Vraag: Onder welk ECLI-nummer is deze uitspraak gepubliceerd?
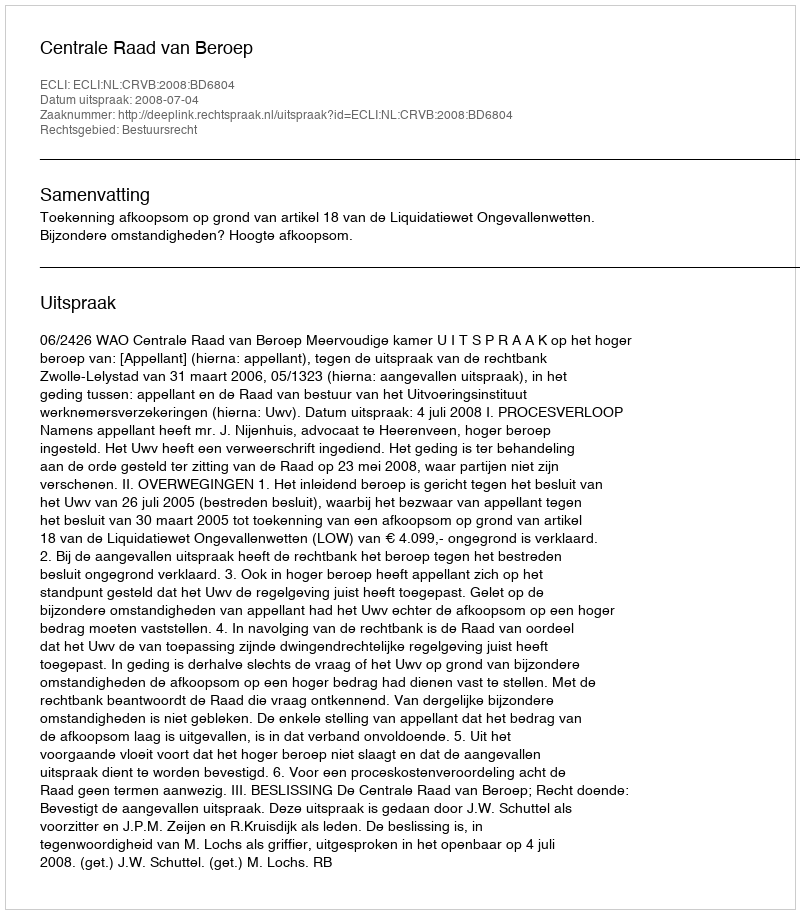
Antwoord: ECLI:NL:CRVB:2008:BD6804